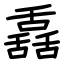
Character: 舙